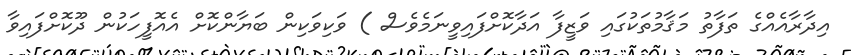
އިދާރާއެއްގެ ތަފާތު މަޤާމުތަކުގައި ވަޒީފާ އަދާކޮށްފައިވީނަމެވެސް ) ވަކިވަކިން ބަޔާންކޮށް އެއޮފީހަކުން ދޫކޮށްފައިވާ